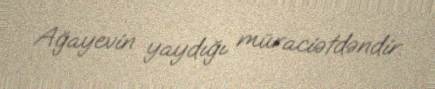
Ağayevin yaydığı müraciətdəndir.